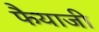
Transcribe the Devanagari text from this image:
फैयाजी